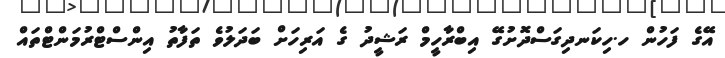
އޭގެ ފަހުން ހ.ހިކަނދިގަސްދޮށުގޭ އިބްރާހީމް ރަޝީދު ގެ އަރިހަށް ބަދަލުވެ ތަފާތު އިންސްޓްރުމަންޓްތައް